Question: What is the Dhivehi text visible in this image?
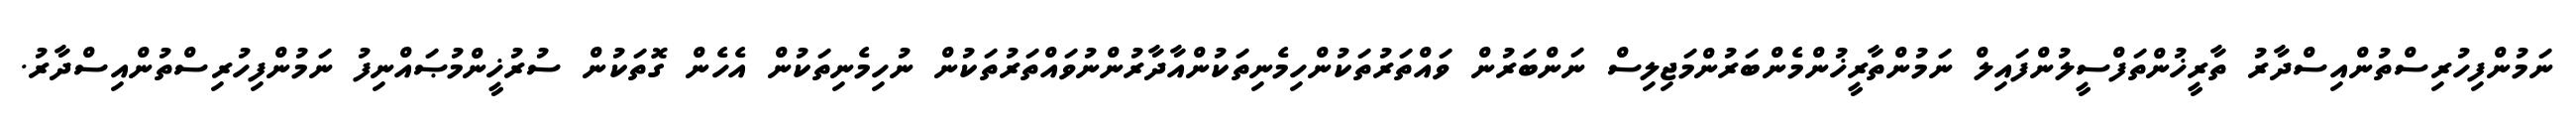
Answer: ނަމުންފިހުރިސްތުންއިސްދާރު ތާރީޚުންތަފްސީލުންފައިލް ނަމުންތާރީޚުންމެންބަރުންމަޖިލިސް ނަންބަރުން ވައްތަރުތަކުންހިމެނިތަކުންއާދާރުންނުވައްތަރުތަކުން ނުހިމެނިތަކުން އެހެން ގޮތަކުން ސުރުޚީންމުޞައްނިފު ނަމުންފިހުރިސްތުންއިސްދާރު.